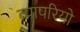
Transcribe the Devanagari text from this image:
व्यापरियो